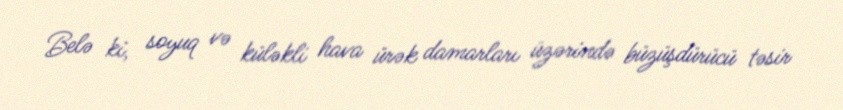
Belə ki, soyuq və küləkli hava ürək damarları üzərində büzüşdürücü təsir